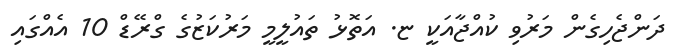
ދަންޖެހިގެން މަރުވި ކުއްޖާއަކީ ޏ. އަތޮޅު ތައުލީމީ މަރުކަޒުގެ ގްރޭޑް 10 އެއްގައި